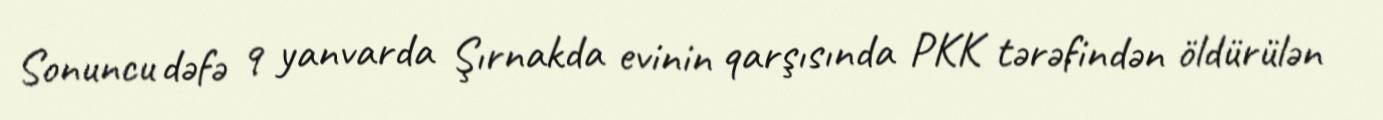
Sonuncu dəfə 9 yanvarda Şırnakda evinin qarşısında PKK tərəfindən öldürülən